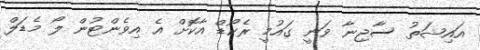
އައިޝަތު ސާޖިނާ ވަނީ ގައުމީ ރެކޯޑް އާކޮށް އެ އިވެންޓުން ލޯ މެޑަލް